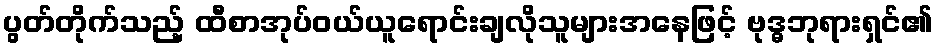
ပွတ်တိုက်သည့် ထီစာအုပ်ဝယ်ယူရောင်းချလိုသူများအနေဖြင့် ဗုဒ္ဓဘုရားရှင်၏